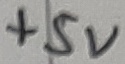
Text: +5V